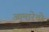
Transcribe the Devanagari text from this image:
आमारेतो